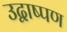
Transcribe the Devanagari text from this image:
उद्वाष्पण